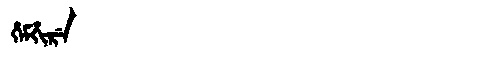
Manchu: ᡥᡝᠮᡥᡳᡵᡝ
Romanization: HEMHIRE